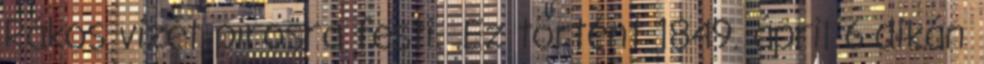
Rákos vizét pirosra festi. .Ez történt 1849. ápril 6-dikán